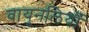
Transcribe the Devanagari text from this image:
वायुनलियाँ